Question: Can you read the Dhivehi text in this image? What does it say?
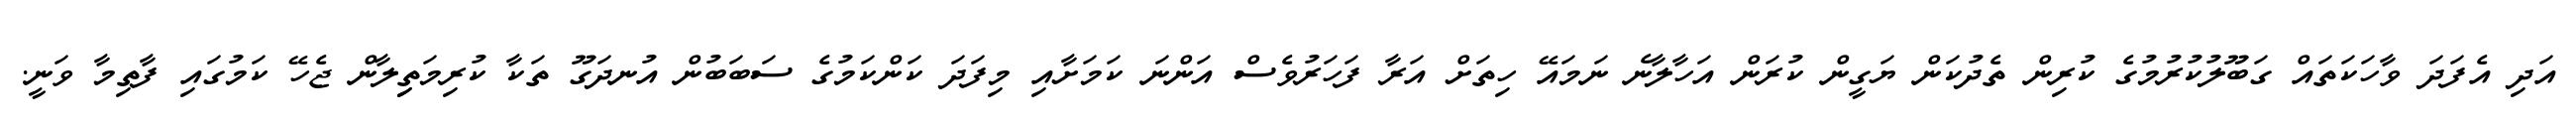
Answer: އަދި އެފަދަ ވާހަކަތައް ގަބޫލުކުރުމުގެ ކުރިން ތެދުކަން ޔަގީން ކުރަން އަހާލާނެ ނަމައޭ ހިތަށް އަރާ ފަހަރުވެސް އަންނަ ކަމަށާއި މިފަދަ ކަންކަމުގެ ސަބަބުން އުނދަގޫ ތަކާ ކުރިމަތިިލާން ޖެހޭ ކަމުގައި ފާތިމާ ވަނީ.